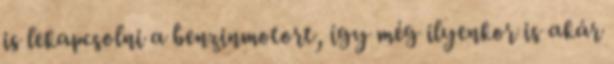
is lekapcsolni a benzinmotort, így még ilyenkor is akár